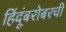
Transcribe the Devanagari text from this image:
हिंदूंबरोबरची